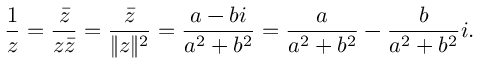
{ \frac { 1 } { z } } = { \frac { \bar { z } } { z { \bar { z } } } } = { \frac { \bar { z } } { \| z \| ^ { 2 } } } = { \frac { a - b i } { a ^ { 2 } + b ^ { 2 } } } = { \frac { a } { a ^ { 2 } + b ^ { 2 } } } - { \frac { b } { a ^ { 2 } + b ^ { 2 } } } i .